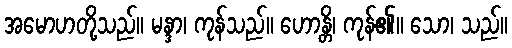
အမောဟတို့သည်။ မန္ဒာ၊ ကုန်သည်။ ဟောန္တိ၊ ကုန်၏။ သော၊ သည်။